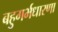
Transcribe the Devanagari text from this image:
बहुगर्भधारणा